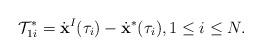
LaTeX: \begin{align*}\mathcal{T}_{1i}^* = \dot{\bf x}^I(\tau_i)-\dot{\bf x}^*(\tau_i), 1 \le i \le N.\end{align*}